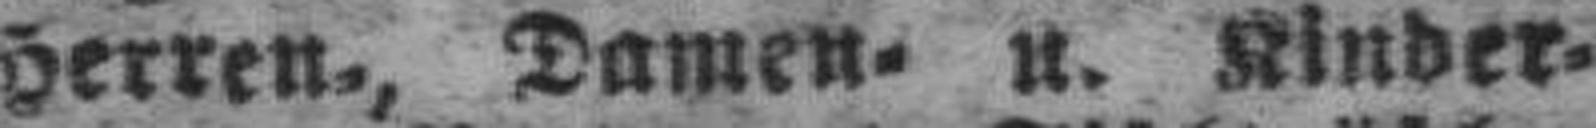
Herren., Damen= u. Kinder¬